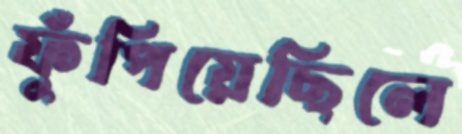
ফুঁপিয়েছিলে